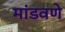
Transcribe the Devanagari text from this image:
मांडवणे